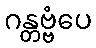
ဂန္တဗ္ဗံပေ